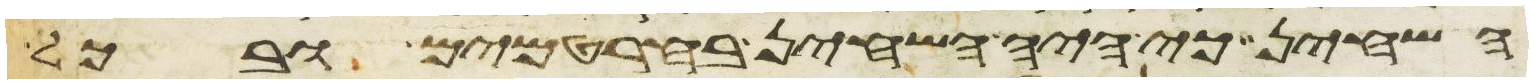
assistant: השחין כי היה השחין בחרטמים ובכל